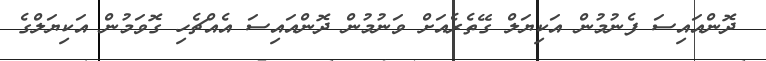
ދޮންއައިސަ ފެނުމުން އަކިޔަލް ގޭތެރެއަށް ވަނުމުން ދޮންއައިސަ އެއްޗެހި ގޮވަމުން އަކިޔަލްގެ